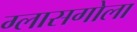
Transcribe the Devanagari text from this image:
ग्लासगोला